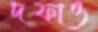
দফাও